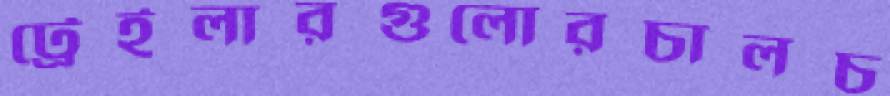
ট্রেইলারগুলোরচালচ